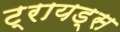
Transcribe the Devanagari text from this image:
ट्रायड्स